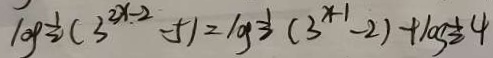
\log \frac { 1 } { 2 } ( 3 ^ { 2 x - 2 } - 5 ) = \log \frac { 1 } { 2 } ( 3 ^ { x - 1 } - 2 ) + \log \frac { 1 } { 2 } 4